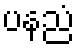
ပနညံ